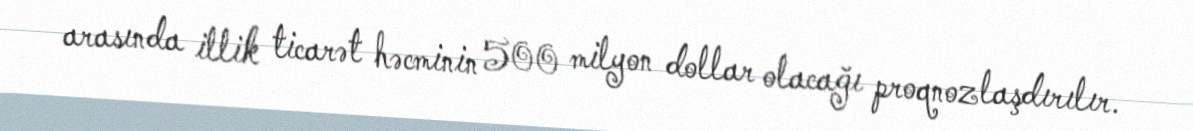
arasında illik ticarət həcminin 500 milyon dollar olacağı proqnozlaşdırılır.